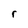
Character: r